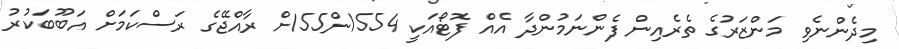
މިދެންނެވި މަންޒަރުގެ ތެރެއިން ފެންނަމުންދާ އެއް ފޮޓޯއަކީ 1554ން155ށް ރާއްޖޭގެ ރަސްކަމަށް އަބޫބަކުރު